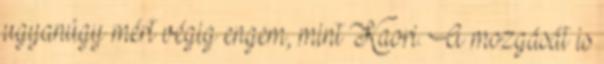
ugyanúgy mért végig engem, mint Kaori. A mozgását is